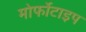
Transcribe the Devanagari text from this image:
मोर्फोटाइप